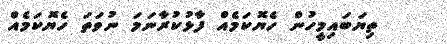
ތިޔަބައިމީހުން ހެޔޮކަމެއް ފާޅުކުރާނަމަ ނުވަތަ ހެޔޮކަމެއް